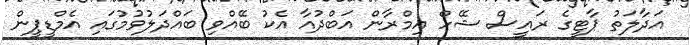
އަދާލަތު ޕާޓީގެ ރައީސް ޝޭހް އިމްރާން އަބްދުއާ އެކު ބޭއްވި ބައްދަލުވުމުގައި އެމްޑީޕީން